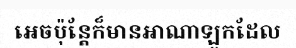
អេចប៉ុន្តែក៏មានអាណាឡូកដែល